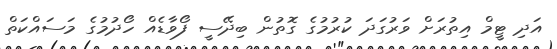
އަދި ޓީމް އިތުރަށް ވަރުގަދަ ކުރުމުގެ ގޮތުން ބިދޭސީ ފޯވާޑެއް ހޯދުމުގެ މަސައްކަތް